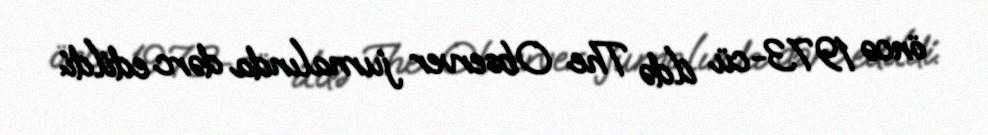
öncə 1973-cü ildə The Observer jurnalında dərc edildi.